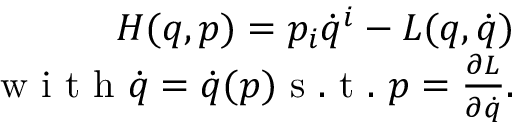
\begin{array} { r } { \begin{array} { r } { H ( q , p ) = p _ { i } \dot { q } ^ { i } - L ( { q } , \dot { q } ) } \\ { \mathrm { ~ w ~ i ~ t ~ h ~ } \dot { q } = \dot { q } ( p ) \mathrm { ~ s ~ . ~ t ~ . ~ } p = \frac { \partial L } { \partial \dot { q } } . } \end{array} } \end{array}